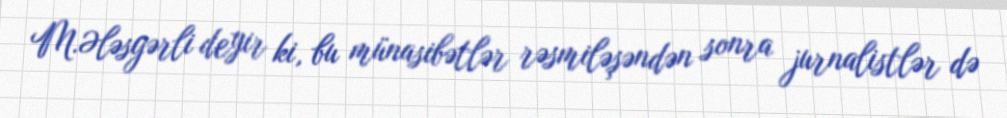
M.Ələsgərli deyir ki, bu münasibətlər rəsmiləşəndən sonra jurnalistlər də